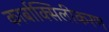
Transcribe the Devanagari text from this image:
कार्बाक्सिलीकरण